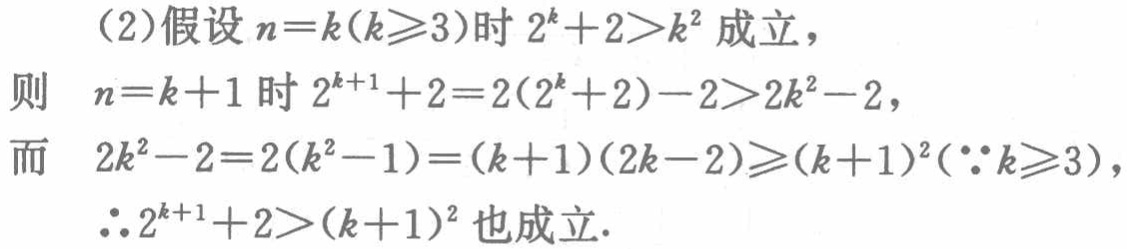
（2）假设\(n = k(k\geqslant3)\)时\(2^{k}+2>k^{2}\)成立，
则 \(n = k + 1\)时\(2^{k + 1}+2 = 2(2^{k}+2)-2>2k^{2}-2\)，
而 \(2k^{2}-2 = 2(k^{2}-1)=(k + 1)(2k - 2)\geqslant(k + 1)^{2}(\because k\geqslant3)\)，
\(\therefore2^{k + 1}+2>(k + 1)^{2}\)也成立.